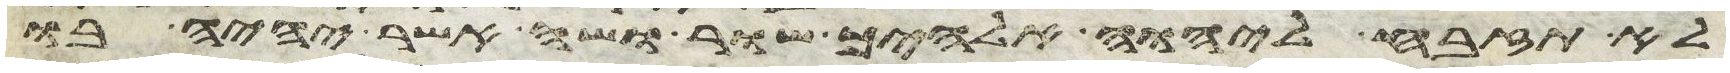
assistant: לא תזבח ליהוה אלהיך שור ושה אשר יהיה בו